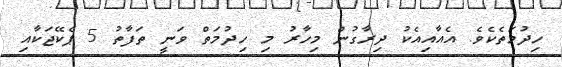
ހިދުމަތެކެވެ. އެއާއިއެކު ދިރާގުން މިހާރު މި ހިދުމަތް ވަނީ ތަފާތު 5 ޕެކޭޖަކާއި